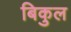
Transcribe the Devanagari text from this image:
बिकुल